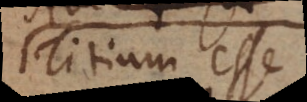
Titium esse